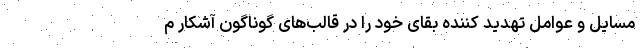
مسایل و عوامل تهدید کننده بقای خود را در قالب‌های گوناگون آشکار م